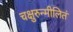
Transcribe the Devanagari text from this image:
चक्षुरुन्मीलितं